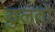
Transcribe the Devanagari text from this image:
डुलतो